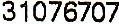
31076707